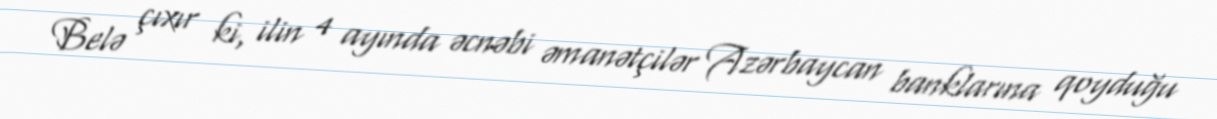
Belə çıxır ki, ilin 4 ayında əcnəbi əmanətçilər Azərbaycan banklarına qoyduğu